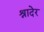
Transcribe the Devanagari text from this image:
श्रादेर